65_HS1-834228961_62-HQ-83894_Section_5
Agency: FBI
Page 206
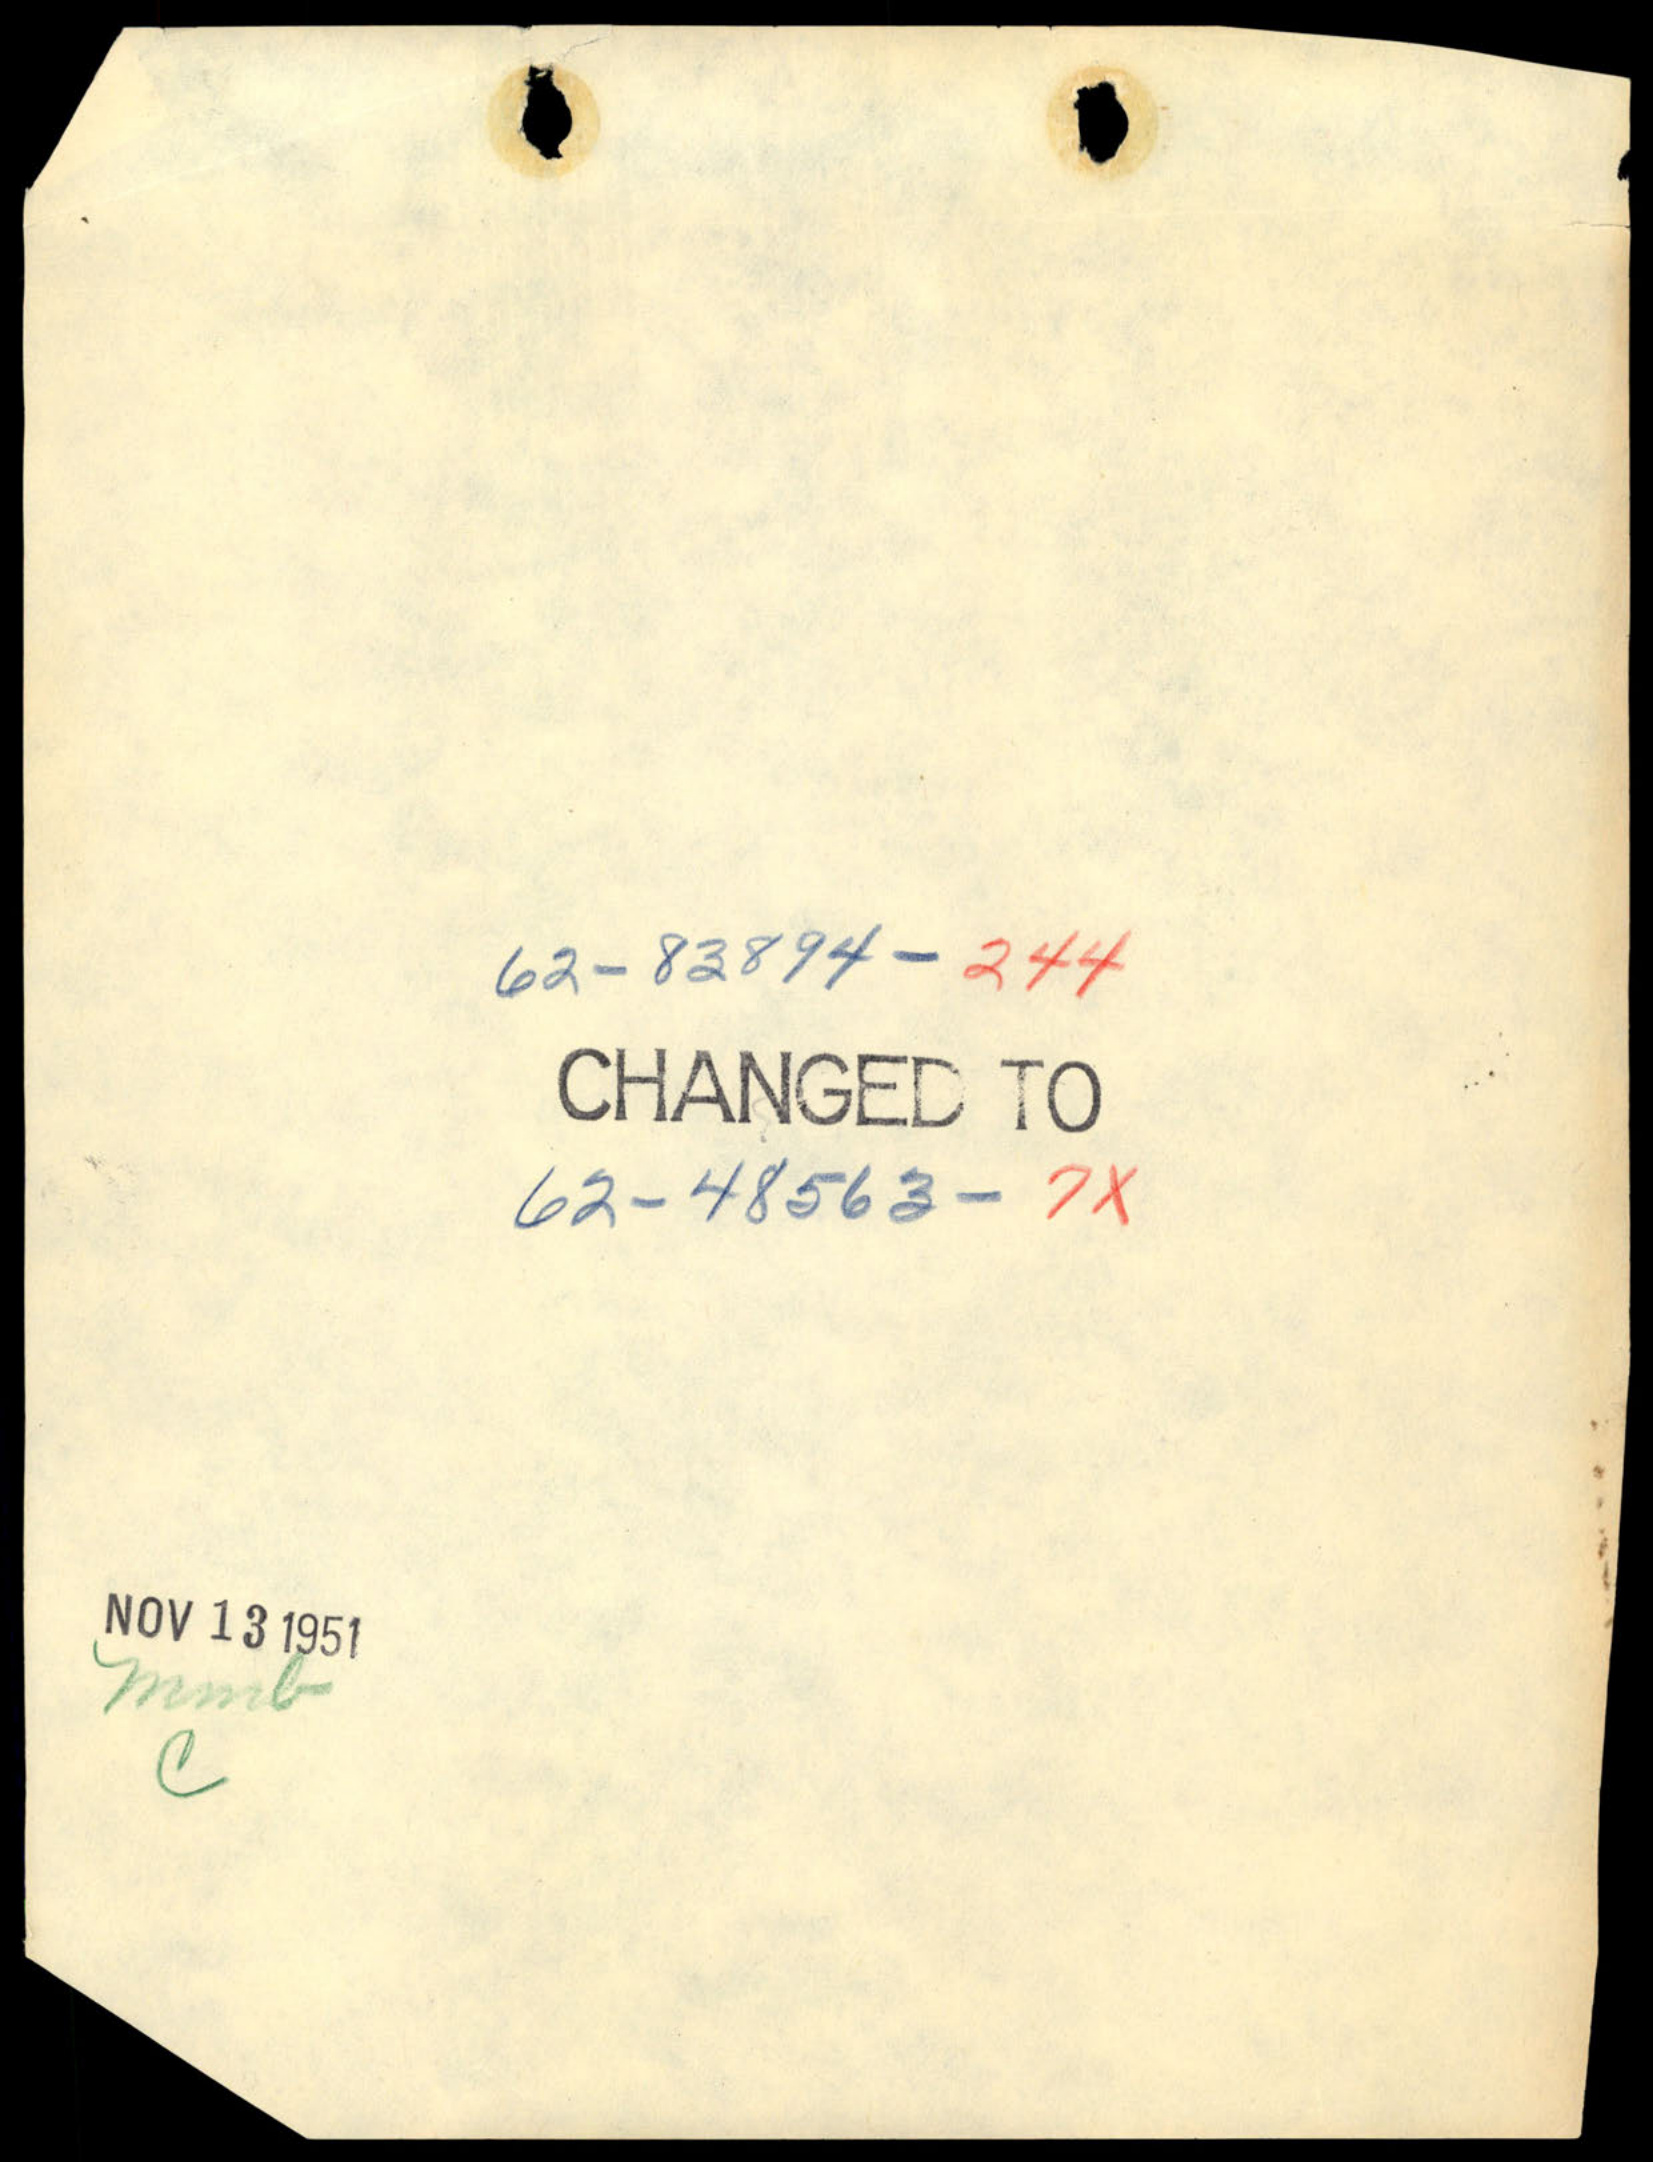